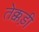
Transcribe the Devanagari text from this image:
तेक्कड़ी